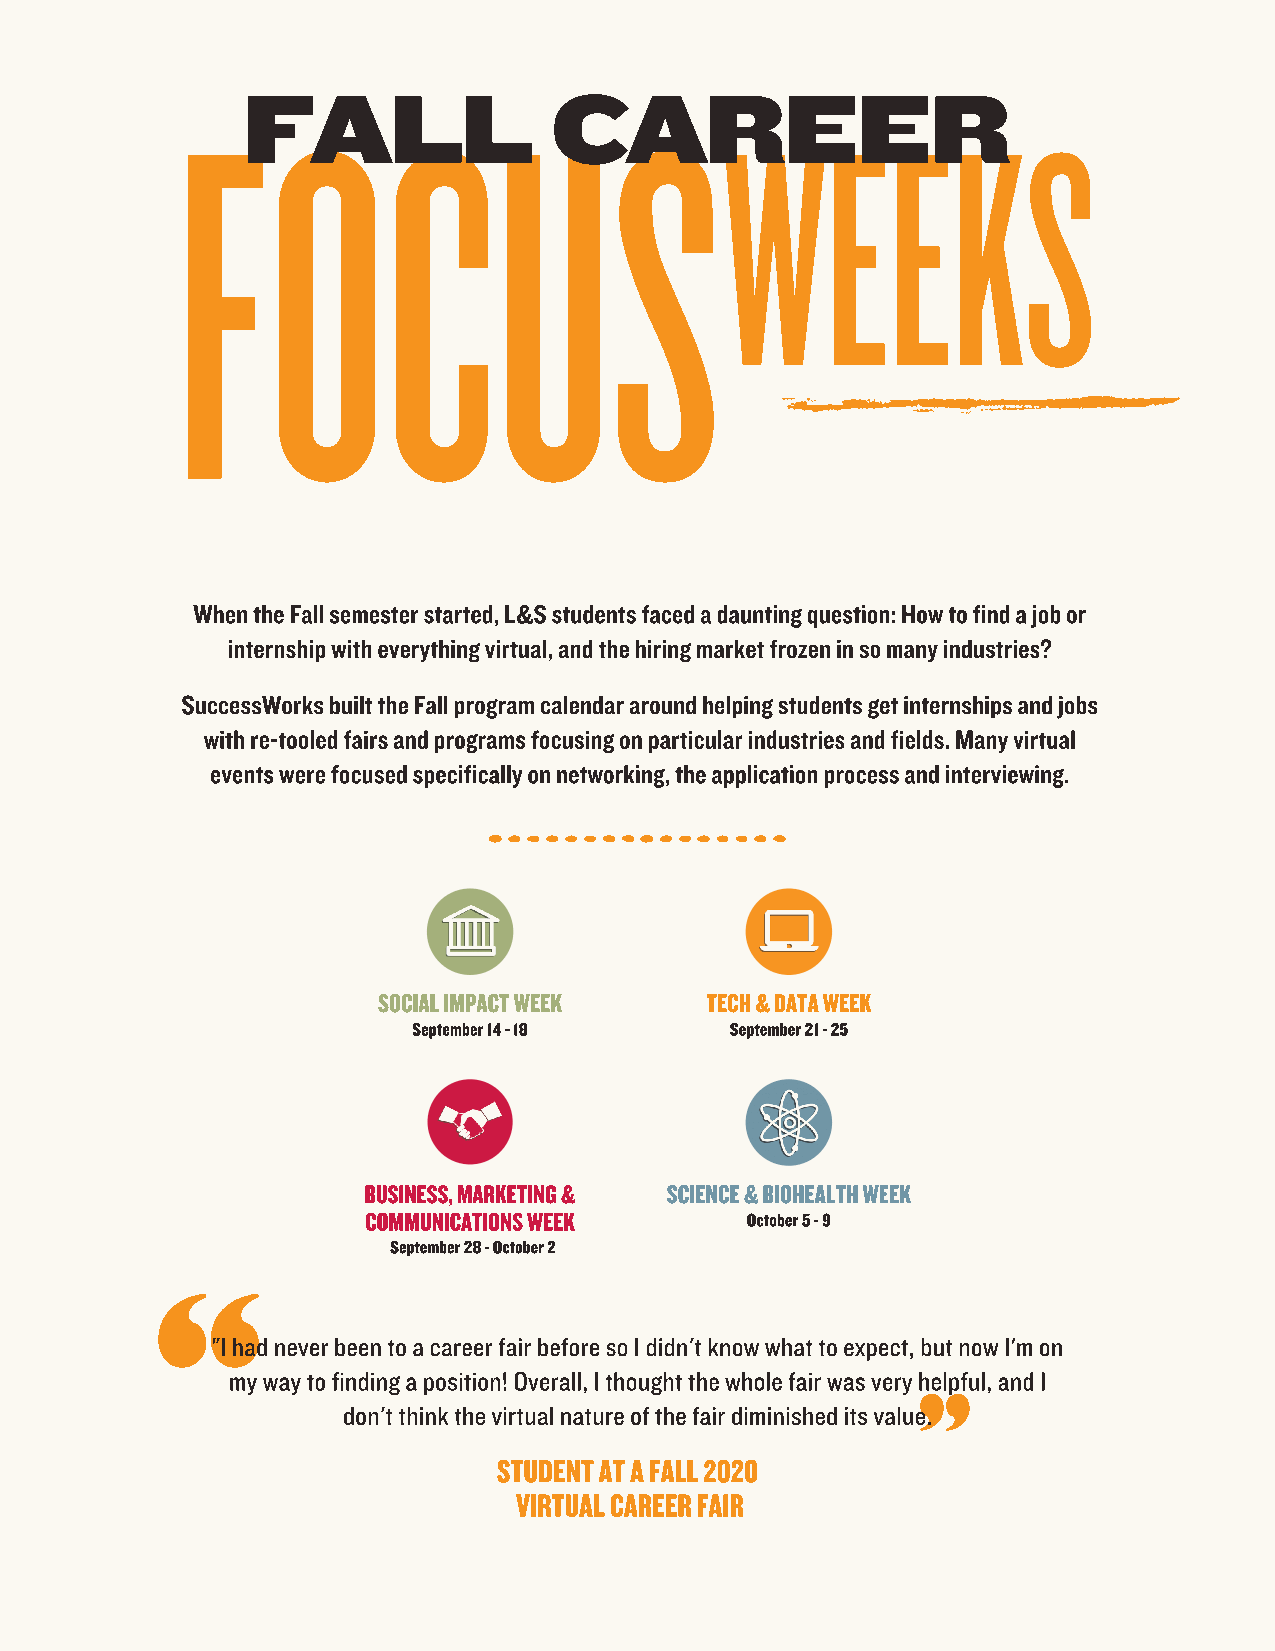
FOCUS
 WEEKS
 FALL                CAREER
 When the Fall semester started, L&S students faced a daunting question: How to find a job or
 internship with everything virtual, and the hiring market frozen in so many industries?
 SuccessWorks built the Fall program calendar around helping students get internships and jobs
 with re-tooled fairs and programs focusing on particular industries and fields. Many virtual
 events were focused specifically on networking, the application process and interviewing.
 SOCIAL IMPACT WEEK    TECH & DATA WEEK
 September 14 - 18    September 21 - 25
 BUSINESS, MARKETING & SCIENCE & BIOHEALTH WEEK
 COMMUNICATIONS WEEK      October 5 - 9
 September 28 - October 2
 "I had never been to a career fair before so I didn't know what to expect, but now I'm on
 my way to finding a position! Overall, I thought the whole fair was very helpful, and I
 don't think the virtual nature of the fair diminished its value.
 STUDENT AT A FALL 2020
 VIRTUAL CAREER FAIR